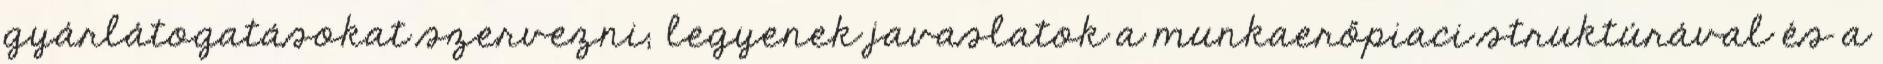
gyárlátogatásokat szervezni; legyenek javaslatok a munkaerőpiaci struktúrával és a